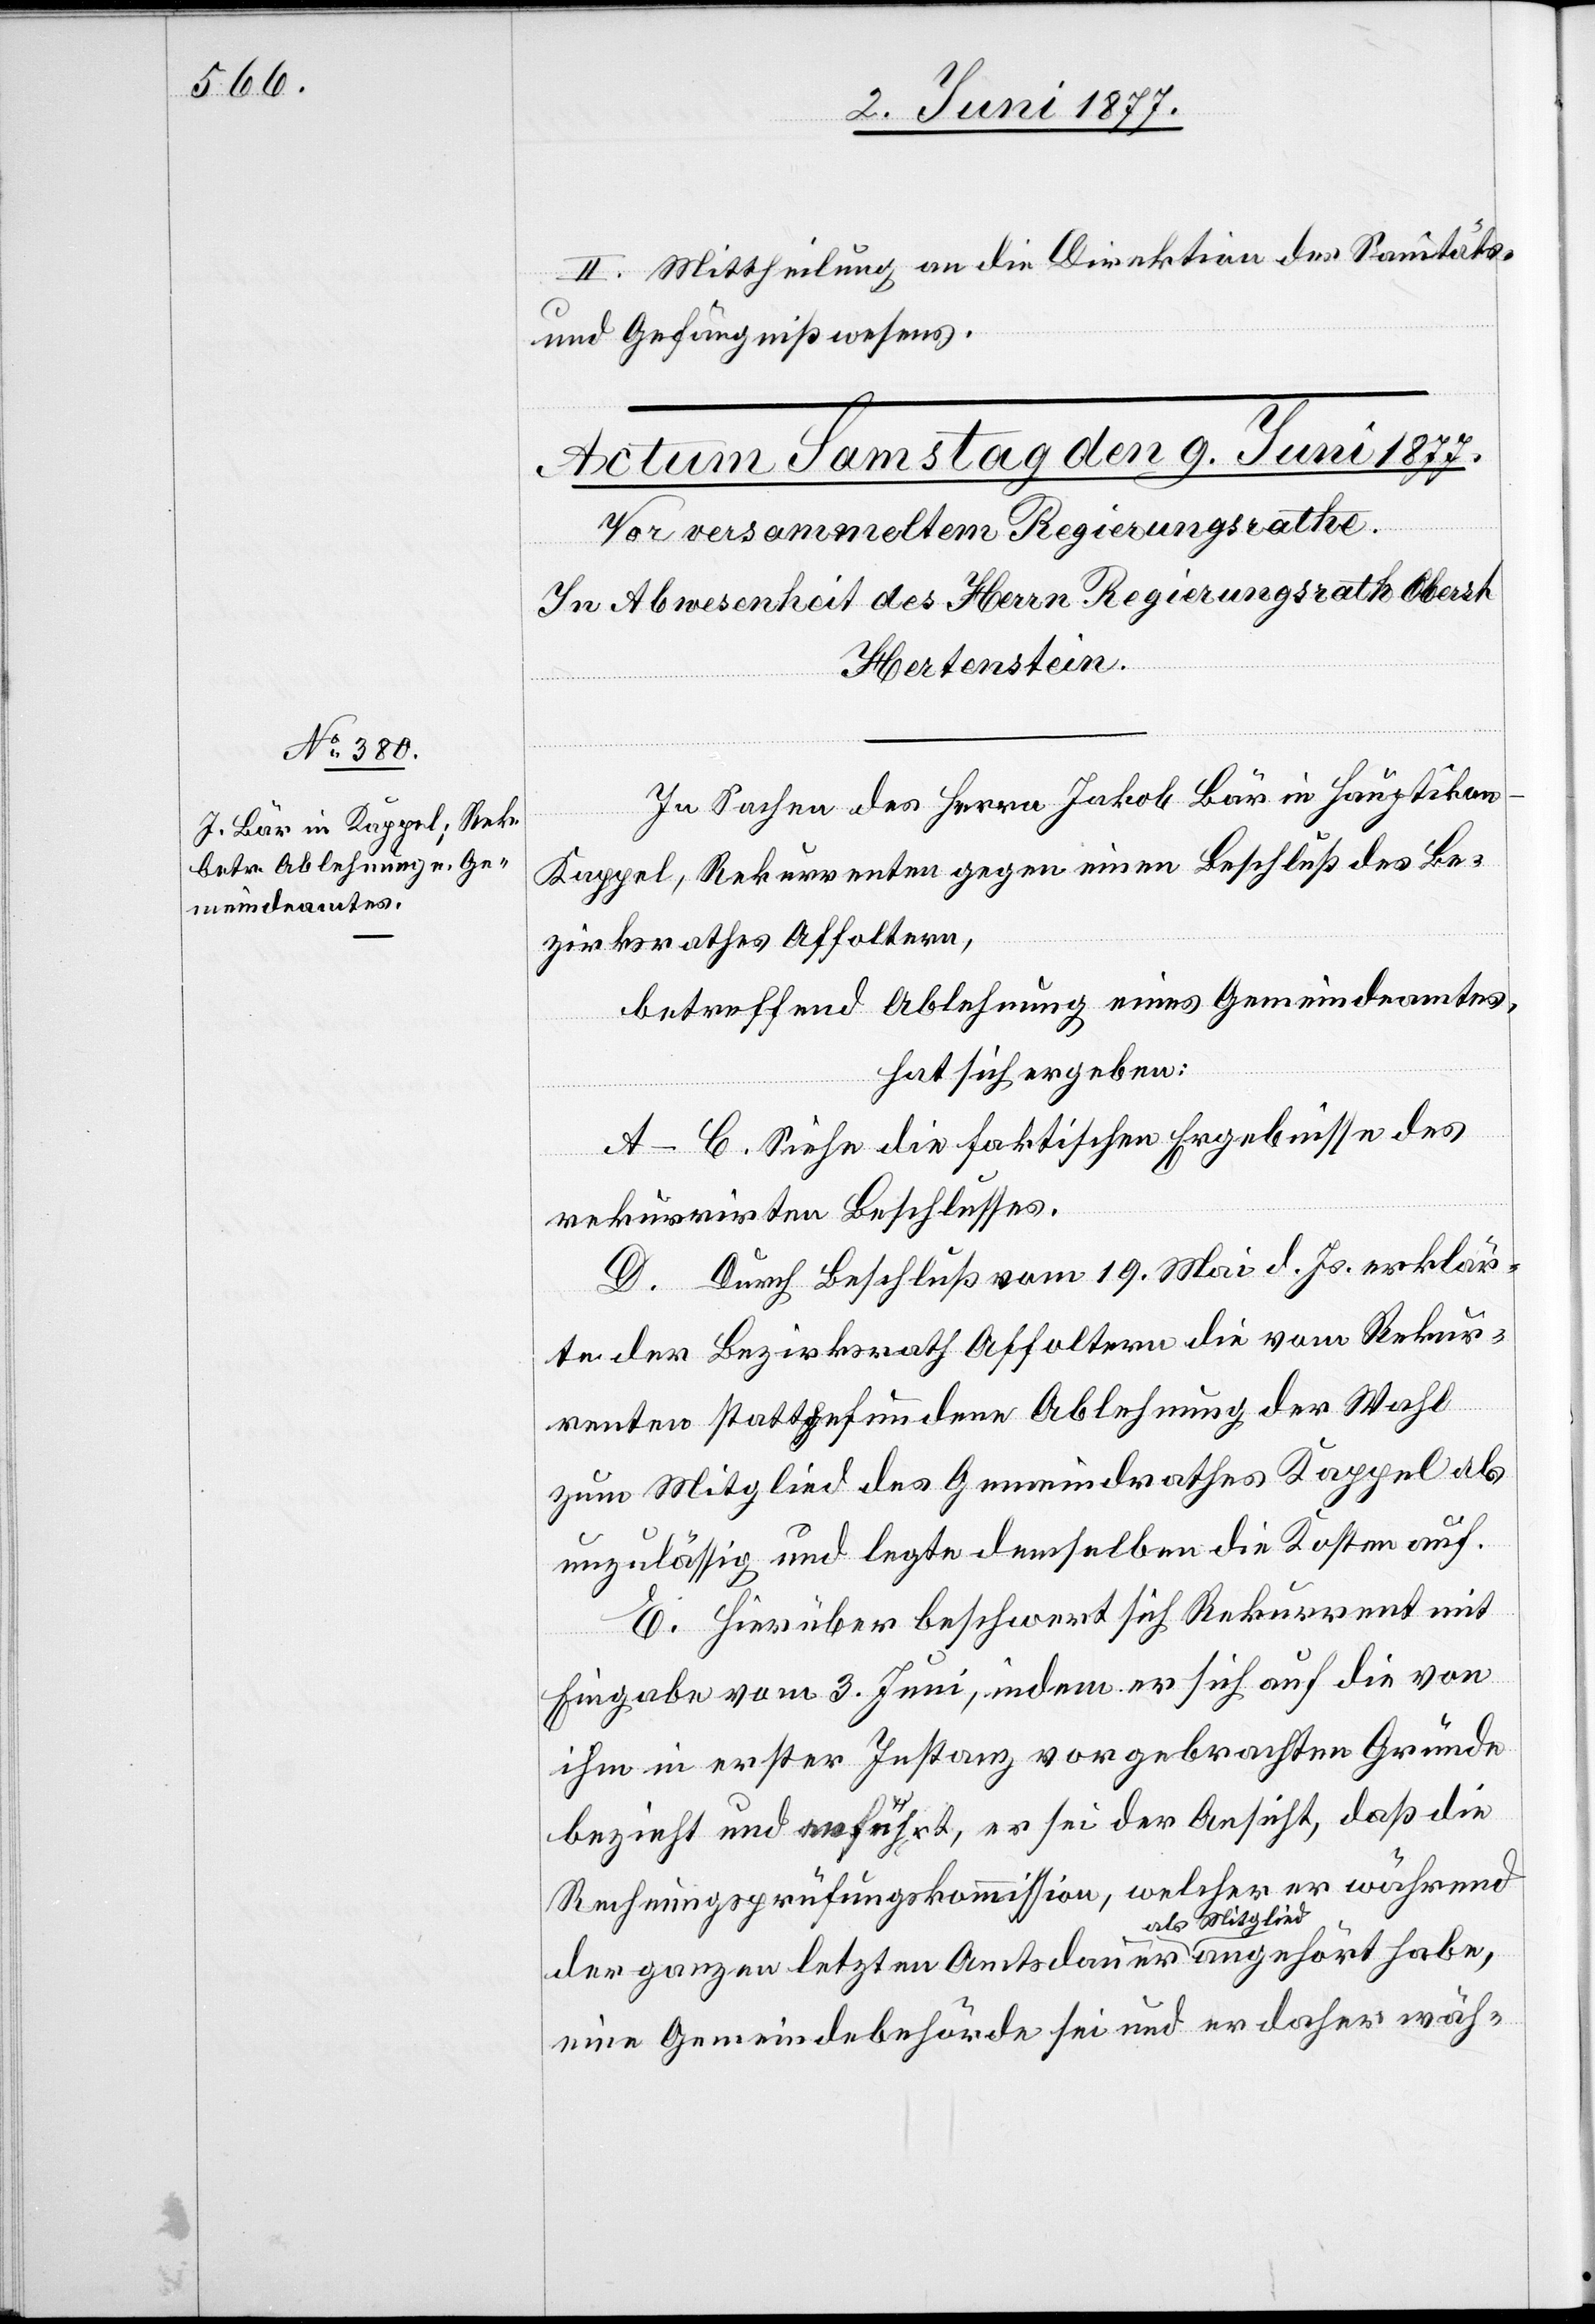
II. Mittheilung an die Direktion des Sanitäts-
und Gefängnißwesens.
In Sachen des Herrn Jakob Bär in Hauptikon
Kappel, Rekurrenten gegen einen Beschluß des Be¬
zirksrathes Affoltern,
betreffend Ablehnung eines Gemeindeamtes,
hat sich ergeben:
A–C. Siehe die faktischen Ergebnisse des
rekurrirten Beschlusses.
D. Durch Beschluß vom 19. Mai d. Js. erklär¬
te der Bezirksrath Affoltern die vom Rekur¬
renten stattgefundene Ablehnung der Wahl
zum Mitglied des Gemeindrathes Kappel als
unzulässig und legte demselben die Kosten auf.
E. Hierüber beschwert sich Rekurrent mit
Eingabe vom 3. Juni, indem er sich auf die von
ihm in erster Instanz vorgebrachten Gründe
bezieht und anführt, er sei der Ansicht, daß die
Rechnungsprüfungskommission, welcher er während
der ganzen letzten Amtsdauer als Mitglied angehört habe,
eine Gemeindebehörde sei und er daher wäh-